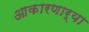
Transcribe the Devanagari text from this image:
आकारणार्‍या